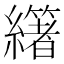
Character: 𦇃